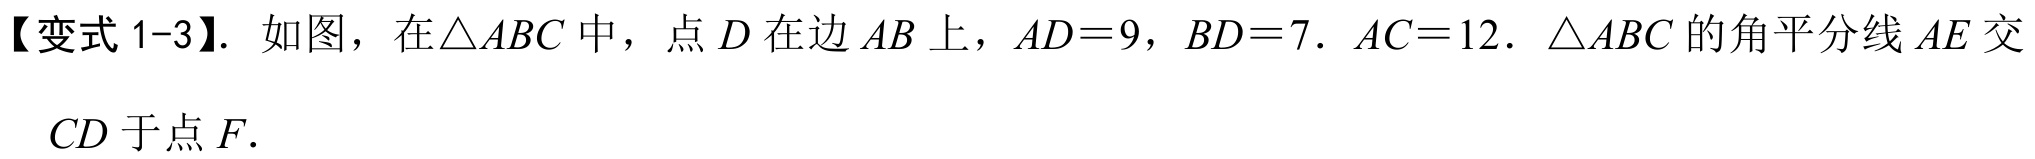
【变式1-3】. 如图，在\(\triangle ABC\)中，点\(D\)在边\(AB\)上，\(AD = 9\)，\(BD = 7\). \(AC = 12\). \(\triangle ABC\)的角平分线\(AE\)交\(CD\)于点\(F\).